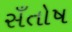
સઁતોષ